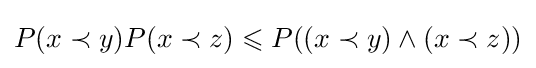
P(x\prec y)P(x\prec z)\leqslant P((x\prec y)\wedge (x\prec z))